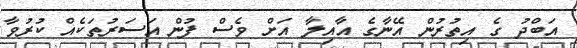
އަބްދު ގެ އިތުރުން އޭނާގެ އާއިލާ އަށް ވެސް ފުން އަސަރުތަކެއް ކުރުވާ